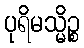
ပုရိမသ္မိဉ္စ